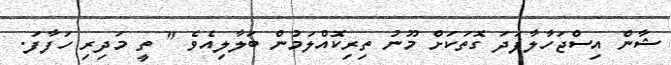
ޝާން އިސްޖަހާލާފަދަ ގޮތަކަށް މޫނު ތިރިކޮއްލަމުން ބަލާލިއެވެ " ތީ މަދިރި ހަފާފަ.